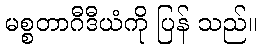
မစ္စတာဂီဒီယံကို ပြန် သည်။